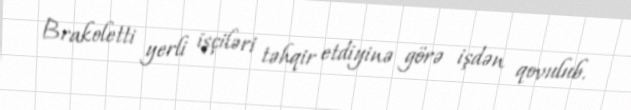
Brakoletti yerli işçiləri təhqir etdiyinə görə işdən qovulub.